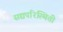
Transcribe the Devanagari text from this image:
सद्यपरिस्थिती